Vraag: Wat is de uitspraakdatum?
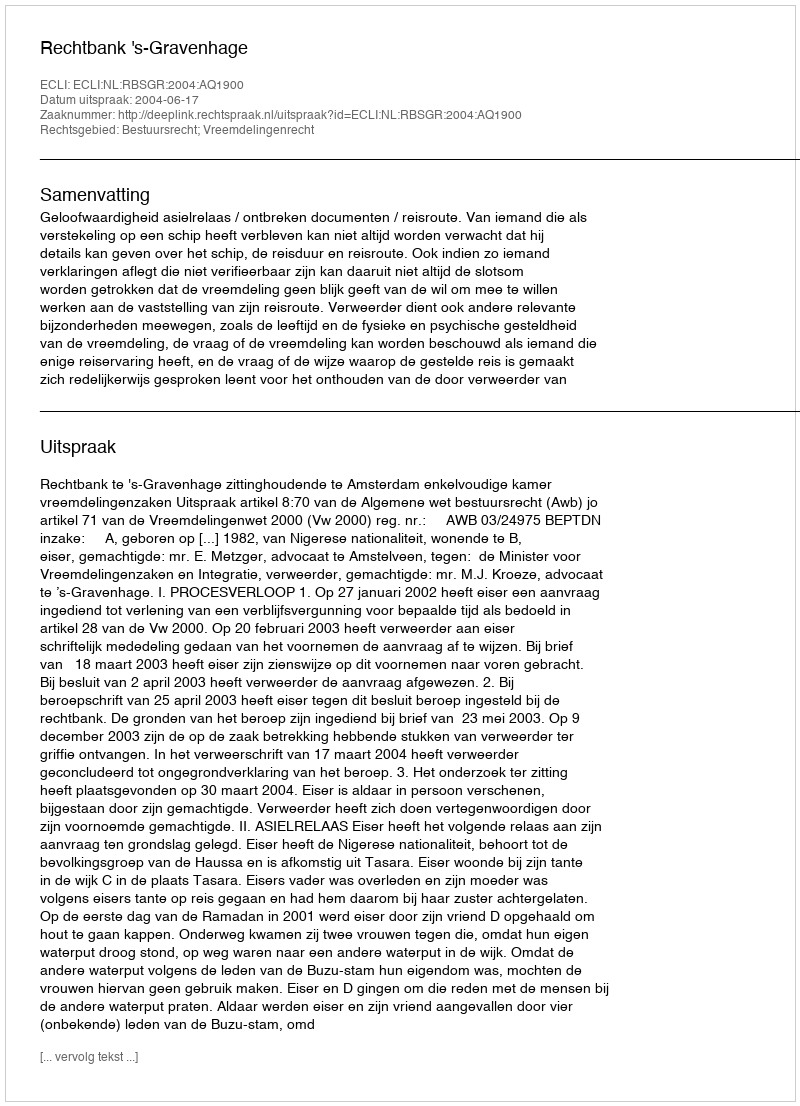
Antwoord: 2004-06-17